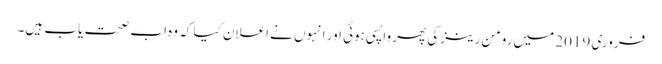
فروری 2019 میں رومن رینز کی پھر واپسی ہوئی اور انہوں نے اعلان کیا کہ وہ اب صحت یاب ہیں۔